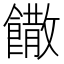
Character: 饊